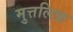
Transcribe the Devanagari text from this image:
मुत्तलिक़